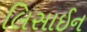
લિસાઈન